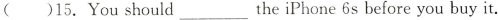
()15.You should___the iPhone 6s before you buy it.